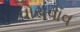
વોરાવાવ